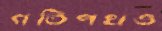
গতিপথও